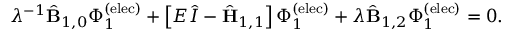
\lambda ^ { - 1 } \hat { \mathbf { B } } _ { 1 , 0 } \Phi _ { 1 } ^ { \mathrm { ( e l e c ) } } + \left[ E \hat { I } - \hat { { \mathbf { H } } } _ { 1 , 1 } \right] \Phi _ { 1 } ^ { \mathrm { ( e l e c ) } } + \lambda \hat { \mathbf { B } } _ { 1 , 2 } \Phi _ { 1 } ^ { \mathrm { ( e l e c ) } } = 0 .